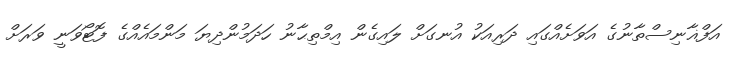
އަފްޣާނިސްތާނުގެ އަވަށެއްގައި ދަރިއަކު އުނގަށް ލައިގެން އިމްތިޙާނު ހަދަމުންދިޔަ މަންމައެއްގެ ފޮޓޯވަނީ ވަރަށް